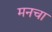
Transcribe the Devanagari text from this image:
मनचा